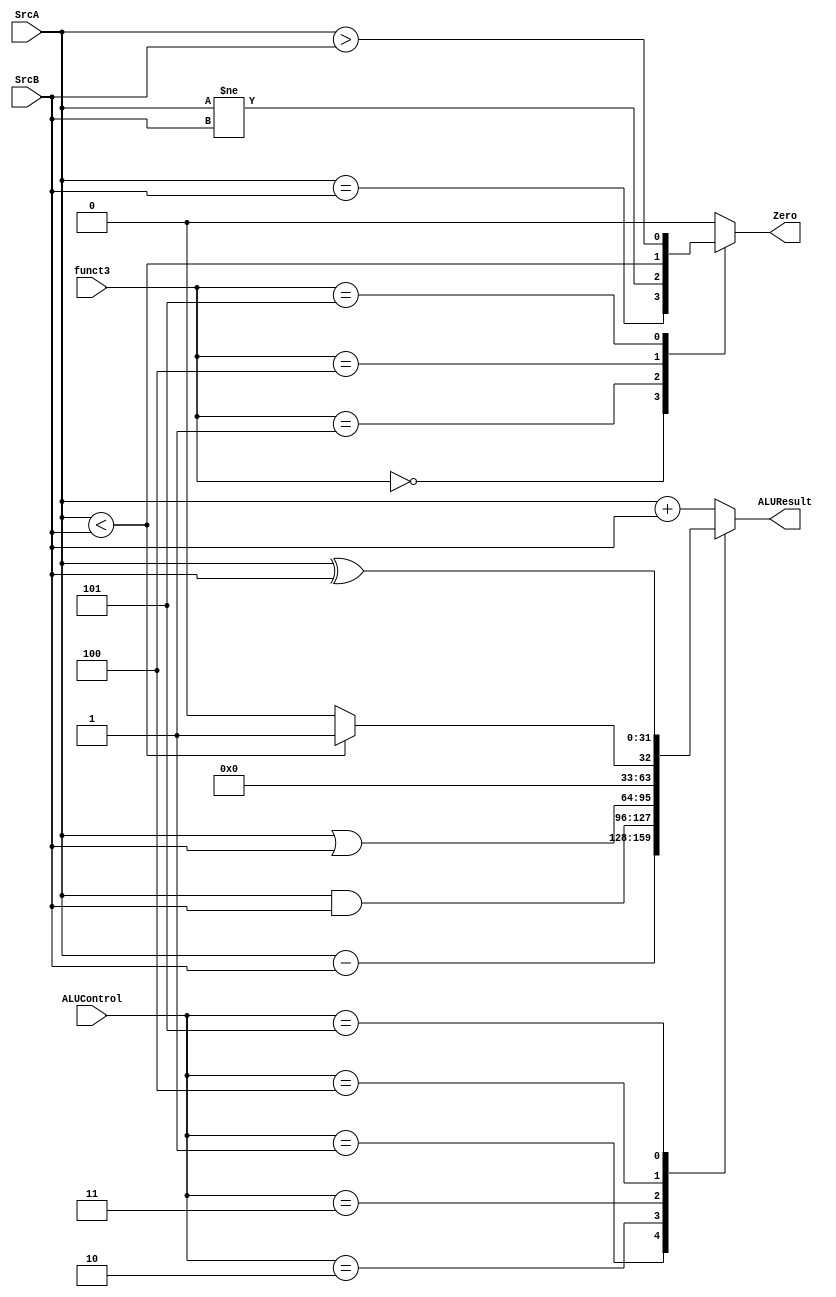
/* ALU Arithmetic and Logic Operations
----------------------------------------------------------------------
|ALU_Sel|   ALU Operation
----------------------------------------------------------------------
| 000  |   ALU_Out = A + B;
----------------------------------------------------------------------
| 001  |   ALU_Out = A - B;
----------------------------------------------------------------------
| 010  |   ALU_Out = A & B;
----------------------------------------------------------------------
| 011  |   ALU_Out = A | B;
----------------------------------------------------------------------
| 100  |   ALU_Out = A slt B;
----------------------------------------------------------------------
| 101  |   ALU_Out = A XOR B;
----------------------------------------------------------------------*/
module alu(
           input [31:0] SrcA,SrcB,  // ALU 32-bit Inputs
           input [2:0] ALUControl,// ALU Selection
           input [2:0] funct3,
           output[31:0] ALUResult, // ALU 32-bit Output
       output reg Zero  // Zero Flag
    );
    reg [31:0] ALU_Result;
    wire [32:0] tmp;
    assign ALUResult = ALU_Result; // ALU out
    assign tmp = {1'b0,SrcA} + {1'b0,SrcB};
  //assign Zero = (ALU_Result == 0);  // Zero Flag ALU_Result
  always @(*)
  begin
     case(funct3)
     3'b000: Zero <= SrcA == SrcB; //beq
     3'b001: Zero <=  SrcA != SrcB; //bne
     3'b100: Zero <=  $signed(SrcA) < $signed(SrcB); //blt
     3'b101: Zero <=  $signed(SrcA) > $signed(SrcB); //bge
     default : Zero <= 0;
     endcase
  end
    always @(*)
    begin
        case(ALUControl)
        3'b000: ALU_Result = SrcA + SrcB ;
        3'b001: ALU_Result = SrcA - SrcB ;
        3'b010: ALU_Result = SrcA & SrcB;
        3'b011: ALU_Result = SrcA | SrcB;
        3'b100: ALU_Result = ($signed(SrcA)<$signed(SrcB))?32'd1:32'd0;
        3'b101: ALU_Result = SrcA ^ SrcB;
        default: ALU_Result = SrcA + SrcB;
        endcase
    end
endmodule